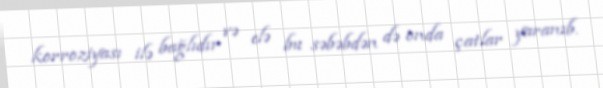
korroziyası ilə bağlıdır və elə bu səbəbdən də onda çatlar yaranıb.